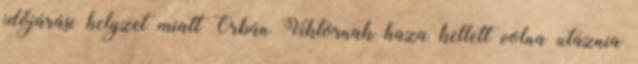
időjárási helyzet miatt Orbán Viktornak haza kellett volna utaznia